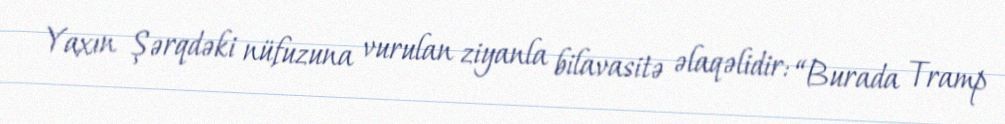
Yaxın Şərqdəki nüfuzuna vurulan ziyanla bilavasitə əlaqəlidir: “Burada Tramp